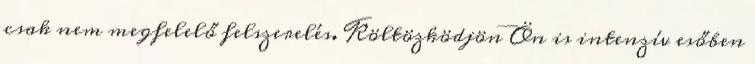
csak nem megfelelő felszerelés. Költözködjön Ön is intenzív esőben